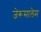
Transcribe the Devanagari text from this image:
जेरूसालेम